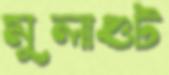
মুলাগুট